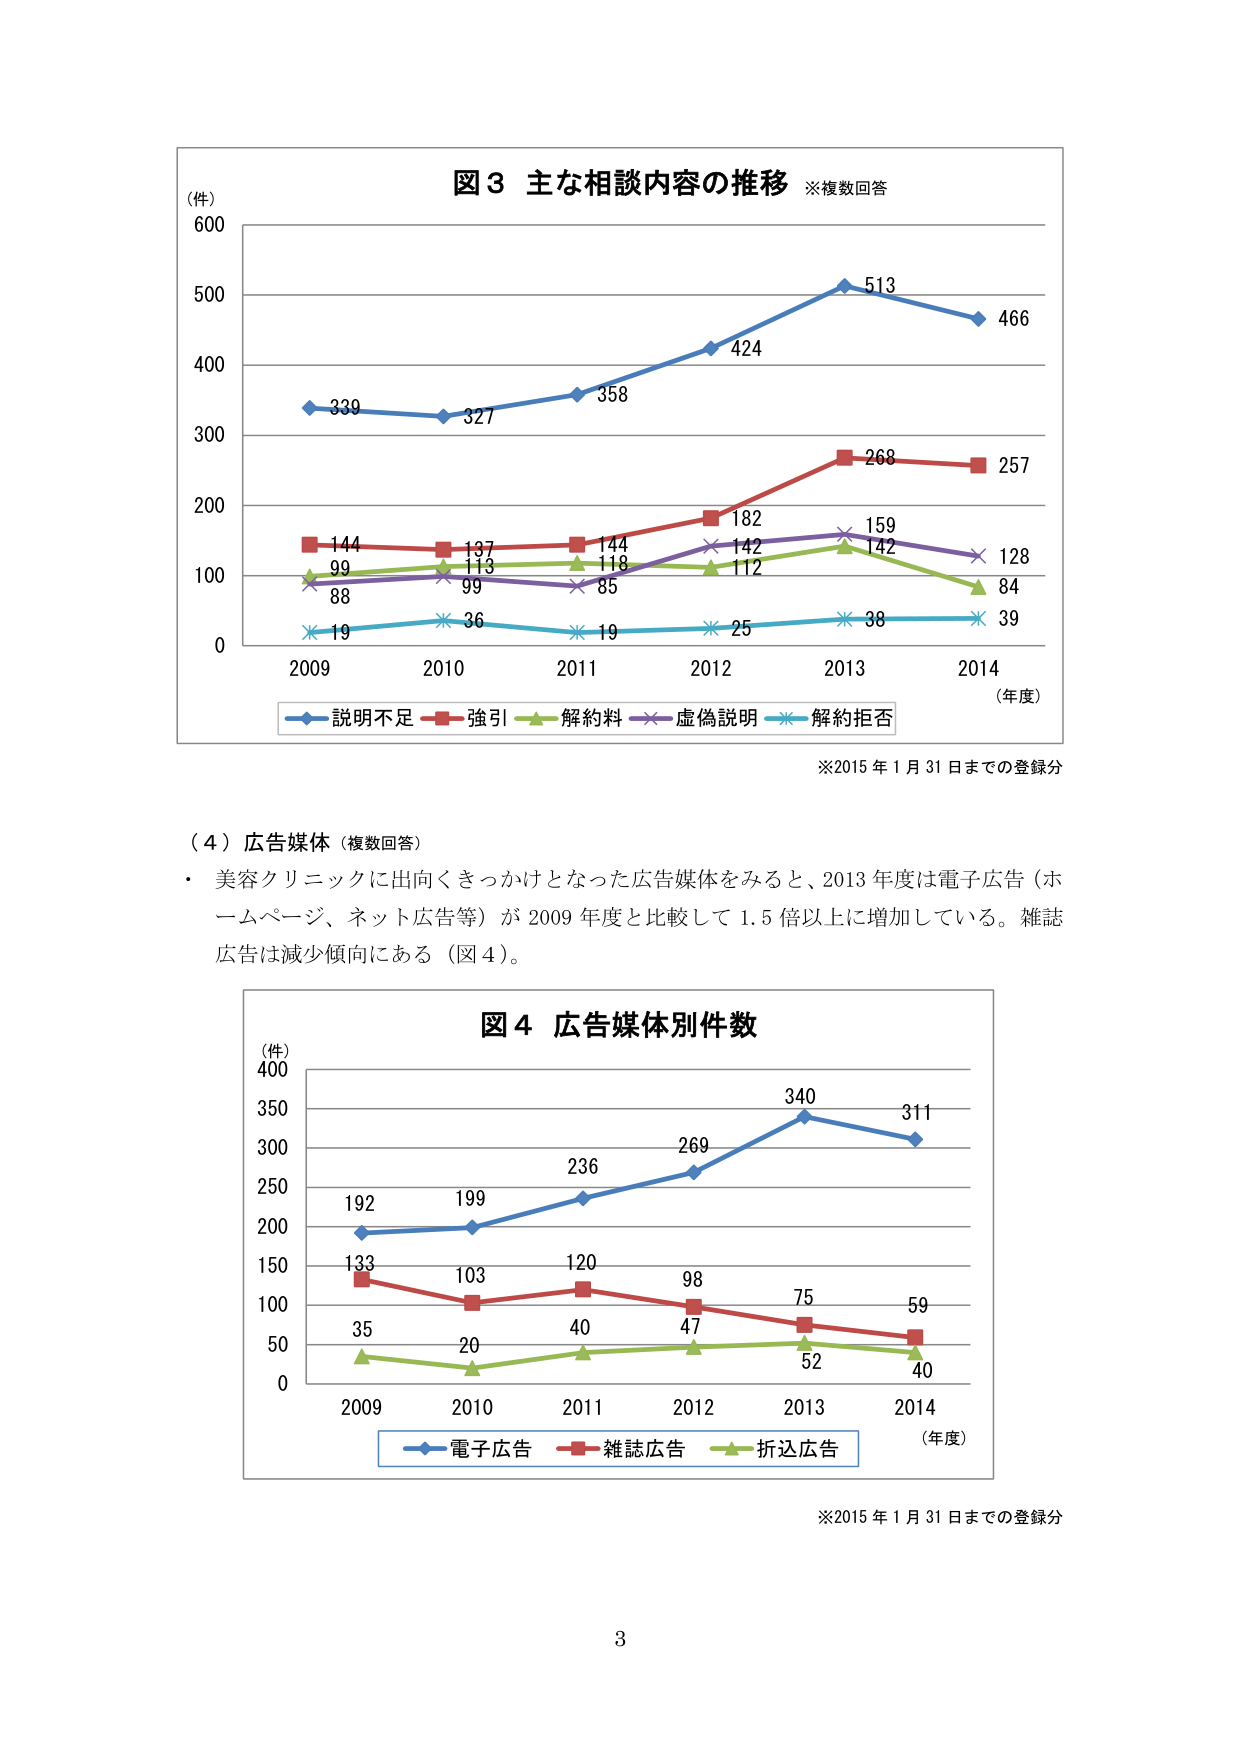
図３ 主な相談内容の推移 ※複数回答
（件）
600
500
400
300
200
100
0
2009 2010 2011 2012 2013 2014 （年度）
339 327 358 424 513 466
144 137 144 182 268 257
99 113 118 142 159 128
88 99 85 112 142 84
19 36 19 25 38 39
■ 説明不足 ■ 強引 ■ 解約料 ■ 虚偽説明 ■ 解約拒否
※2015年1月31日までの登録分

（４）広告媒体（複数回答）
・美容クリニックに出向くきっかけとなった広告媒体をみると、2013年度は電子広告（ホームページ、ネット広告等）が2009年度と比較して1.5倍以上に増加している。雑誌広告は減少傾向にある（図４）。

図４ 広告媒体別件数
（件）
400
350
300
250
200
150
100
50
0
2009 2010 2011 2012 2013 2014 （年度）
192 199 236 269 340 311
133 103 120 98 75 59
35 20 40 47 52 40
■ 電子広告 ■ 雑誌広告 ■ 折込広告
※2015年1月31日までの登録分

3